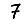
Digit: 7